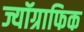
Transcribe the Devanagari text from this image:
ज्यॉग्राफिक